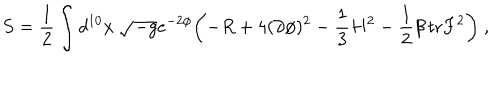
S = { \frac { 1 } { 2 } } \int d ^ { 1 0 } x \ \sqrt { - g } e ^ { - 2 \phi } \biggl ( - R + 4 ( \partial \phi ) ^ { 2 } - { \frac { 1 } { 3 } } H ^ { 2 } - { \frac { 1 } { 2 } } \beta \, \mathrm { t r } F ^ { 2 } \biggr ) \ ,